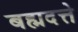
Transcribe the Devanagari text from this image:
बह्मदत्ते